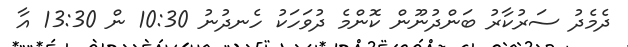
ދެމެދު ސަރުކާރު ބަންދުނޫން ކޮންމެ ދުވަހަކު ހެނދުނު 10:30 ން 13:30 އާ